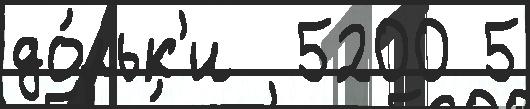
до́льк'и  5200 5